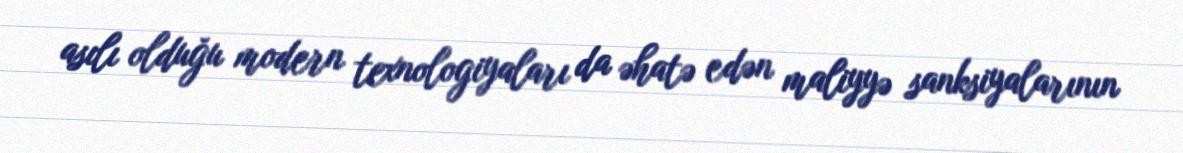
asılı olduğu modern texnologiyaları da əhatə edən maliyyə sanksiyalarının